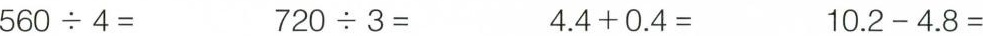
$$5 6 0 \div 4 =$$ $$7 2 0 \div 3 = $$ $$4 . 4 + 0 . 4 =$$ $$1 0 . 2 - 4 . 8 =$$